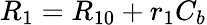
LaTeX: R_{1}=R_{10}+r_{1}C_{b}